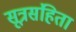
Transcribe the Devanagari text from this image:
सूत्रसंहिता